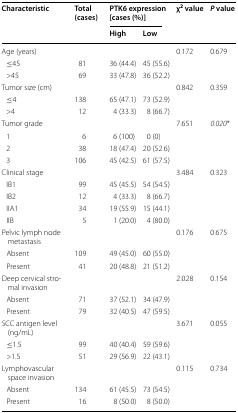
<table><thead><tr><td rowspan="2"><b>Characteristic</b></td><td rowspan="2"><b>Total (cases)</b></td><td colspan="2"><b>PTK6 expression [cases (%)]</b></td><td rowspan="2"><b>χ<sup>2</sup> value</b></td><td rowspan="2"><b><i>P</i> value</b></td></tr><tr><td><b>High</b></td><td><b>Low</b></td></tr></thead><tbody><tr><td>Age (years)</td><td></td><td></td><td></td><td>0.172</td><td>0.679</td></tr><tr><td> ≤45</td><td>81</td><td>36 (44.4)</td><td>45 (55.6)</td><td></td><td></td></tr><tr><td> &gt;45</td><td>69</td><td>33 (47.8)</td><td>36 (52.2)</td><td></td><td></td></tr><tr><td>Tumor size (cm)</td><td></td><td></td><td></td><td>0.842</td><td>0.359</td></tr><tr><td> ≤4</td><td>138</td><td>65 (47.1)</td><td>73 (52.9)</td><td></td><td></td></tr><tr><td> &gt;4</td><td>12</td><td>4 (33.3)</td><td>8 (66.7)</td><td></td><td></td></tr><tr><td>Tumor grade</td><td></td><td></td><td></td><td>7.651</td><td><i>0.020</i>*</td></tr><tr><td> 1</td><td>6</td><td>6 (100)</td><td>0 (0)</td><td></td><td></td></tr><tr><td> 2</td><td>38</td><td>18 (47.4)</td><td>20 (52.6)</td><td></td><td></td></tr><tr><td> 3</td><td>106</td><td>45 (42.5)</td><td>61 (57.5)</td><td></td><td></td></tr><tr><td>Clinical stage</td><td></td><td></td><td></td><td>3.484</td><td>0.323</td></tr><tr><td> IB1</td><td>99</td><td>45 (45.5)</td><td>54 (54.5)</td><td></td><td></td></tr><tr><td> IB2</td><td>12</td><td>4 (33.3)</td><td>8 (66.7)</td><td></td><td></td></tr><tr><td> IIA1</td><td>34</td><td>19 (55.9)</td><td>15 (44.1)</td><td></td><td></td></tr><tr><td> IIB</td><td>5</td><td>1 (20.0)</td><td>4 (80.0)</td><td></td><td></td></tr><tr><td>Pelvic lymph node metastasis</td><td></td><td></td><td></td><td>0.176</td><td>0.675</td></tr><tr><td> Absent</td><td>109</td><td>49 (45.0)</td><td>60 (55.0)</td><td></td><td></td></tr><tr><td> Present</td><td>41</td><td>20 (48.8)</td><td>21 (51.2)</td><td></td><td></td></tr><tr><td>Deep cervical stromal invasion</td><td></td><td></td><td></td><td>2.028</td><td>0.154</td></tr><tr><td> Absent</td><td>71</td><td>37 (52.1)</td><td>34 (47.9)</td><td></td><td></td></tr><tr><td> Present</td><td>79</td><td>32 (40.5)</td><td>47 (59.5)</td><td></td><td></td></tr><tr><td>SCC antigen level (ng/mL)</td><td></td><td></td><td></td><td>3.671</td><td>0.055</td></tr><tr><td> ≤1.5</td><td>99</td><td>40 (40.4)</td><td>59 (59.6)</td><td></td><td></td></tr><tr><td> &gt;1.5</td><td>51</td><td>29 (56.9)</td><td>22 (43.1)</td><td></td><td></td></tr><tr><td>Lymphovascular space invasion</td><td></td><td></td><td></td><td>0.115</td><td>0.734</td></tr><tr><td> Absent</td><td>134</td><td>61 (45.5)</td><td>73 (54.5)</td><td></td><td></td></tr><tr><td> Present</td><td>16</td><td>8 (50.0)</td><td>8 (50.0)</td><td></td><td></td></tr></tbody></table>